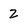
Character: 2